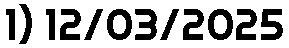
1) 12/03/2025